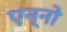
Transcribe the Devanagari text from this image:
एन्नो